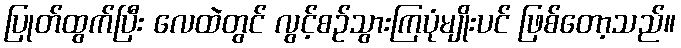
ပြုတ်ထွက်ပြီး လေထဲတွင် လွင့်စဉ်သွားကြပုံမျိုးပင် ဖြစ်တော့သည်။